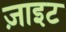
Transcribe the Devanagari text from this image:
ज़ाइट